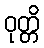
ဝုတ္တိ